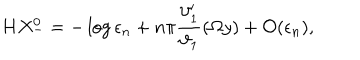
LaTeX: H X _ { - } ^ { 0 } = - \log \epsilon _ { n } + n \pi \frac { \vartheta _ { 1 } ^ { \prime } } { \vartheta _ { 1 } } ( \Omega y ) + { \cal O } ( \epsilon _ { n } ) ,